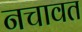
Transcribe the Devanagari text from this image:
नचावत